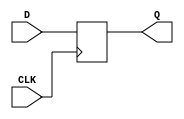
module m_0 (CLK, D, Q);

parameter WIDTH = 2;
parameter CLK_POLARITY = 1'b1;

input CLK;
input [WIDTH-1:0] D;
output reg [WIDTH-1:0] Q;
wire pos_clk = CLK == CLK_POLARITY;

always @(posedge pos_clk) begin
	Q <= D;
end

endmodule